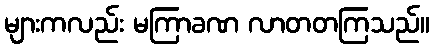
များကလည်း မကြာခဏ လာတတကြသည်။